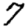
Digit: 7